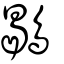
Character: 鶡